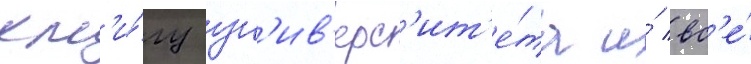
кн'и́гу ун'ив'ерс'ит'е́та и́ вс'е́